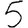
Digit: 5